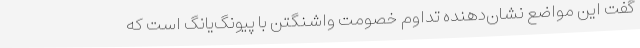
گفت این مواضع نشان‌دهنده تداوم خصومت واشنگتن با پیونگ‌یانگ است که